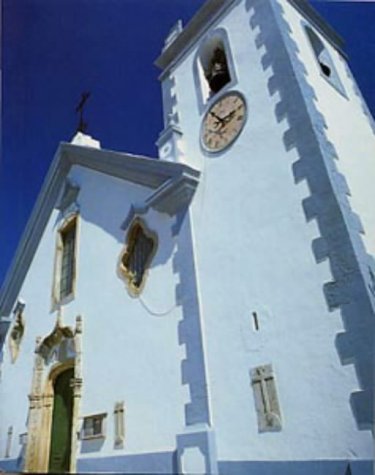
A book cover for Portugal (Blue Guides); Travel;